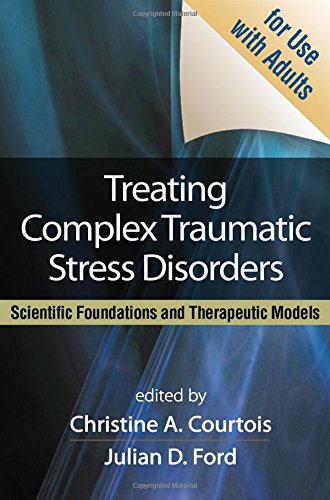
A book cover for Treating Complex Traumatic Stress Disorders (Adults): Scientific Foundations and Therapeutic Models; Medical Books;